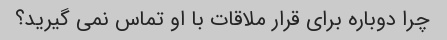
چرا دوباره برای قرار ملاقات با او تماس نمی گیرید؟